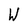
Character: W